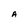
Character: A